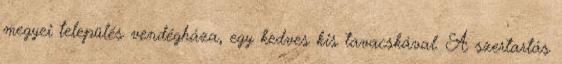
megyei település vendégháza, egy kedves kis tavacskával. A szertartás